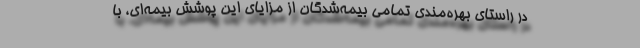
در راستای بهره‌مندی تمامی بیمه‌شدگان از مزایای این پوشش بیمه‌ای، با